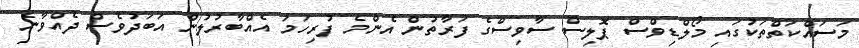
މަސައްކަތްތަކުގައި މޯލްޑިވްސް ޕޮލިސް ސާވިސްގެ ފަރާތުން އެންމެ ފުރިހަމަ އެއްބާރުލުން އަބަދުވެސް ދެއްވާނެ